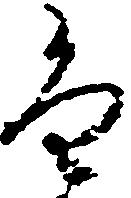
尚